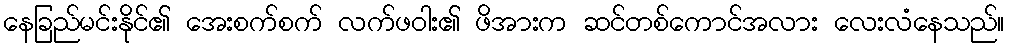
နေခြည်မင်းနိုင်၏ အေးစက်စက် လက်ဖဝါး၏ ဖိအားက ဆင်တစ်ကောင်အလား လေးလံနေသည်။